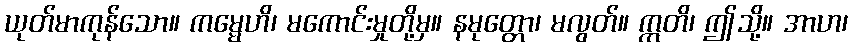
ယုတ်မာကုန်သော။ ကမ္မေဟိ၊ မကောင်းမှုတို့မှ။ နမုတ္တော၊ မလွတ်။ ဣတိ၊ ဤသို့။ အာဟ၊